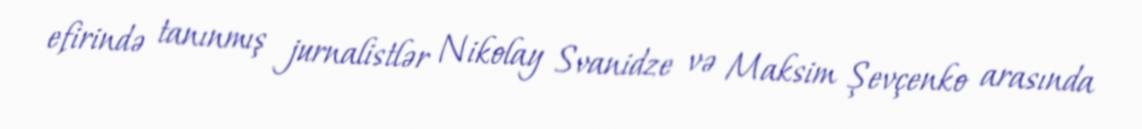
efirində tanınmış jurnalistlər Nikolay Svanidze və Maksim Şevçenko arasında